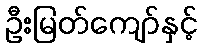
ဦးမြတ်ကျော်နှင့်